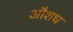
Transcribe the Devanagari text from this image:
औशध